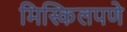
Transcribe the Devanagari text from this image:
मिस्किलपणे